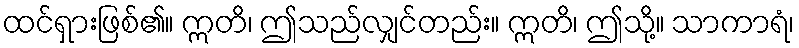
ထင်ရှားဖြစ်၏။ ဣတိ၊ ဤသည်လျှင်တည်း။ ဣတိ၊ ဤသို့။ သာကာရံ၊